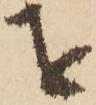
を